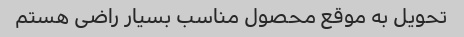
تحویل به موقع محصول مناسب بسیار راضی هستم